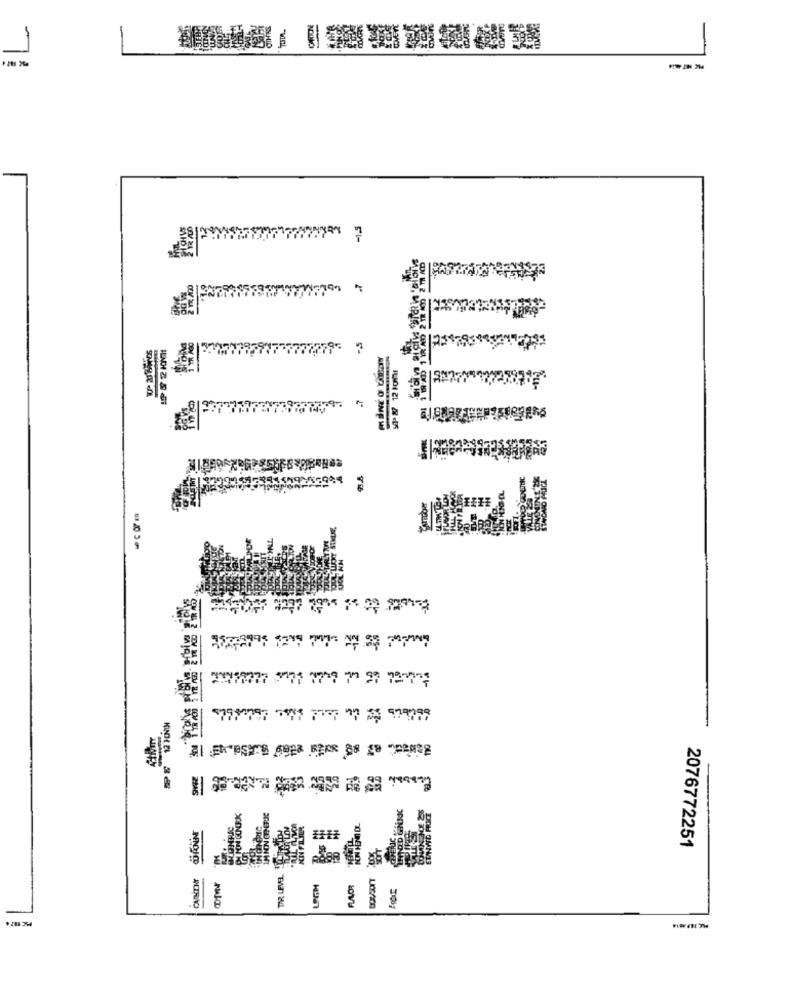
7
4
SA
2076772251
DR LEVEL